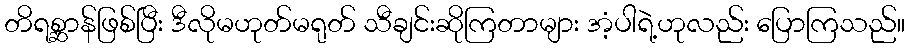
တိရစ္ဆာန်ဖြစ်ပြီး ဒီလိုမဟုတ်မရုတ် သီချင်းဆိုကြတာများ အံ့ပါရဲ့ဟုလည်း ပြောကြသည်။